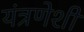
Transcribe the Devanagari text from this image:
यंत्रणेशी